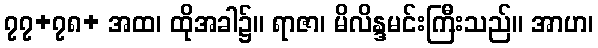
၇၇+၇၈+ အထ၊ ထိုအခါ၌။ ရာဇာ၊ မိလိန္ဒမင်းကြီးသည်။ အာဟ၊